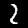
Label: 2